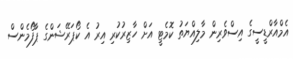
އެމްއާރްޑީސީގެ އިސްވެރިން މާލިއްޔަތު ކޮމެޓީ އަށް ހާޒިރުކުރި އިރު އެ ކޯޕަރޭޝަންގެ ޕާފޯމެންސް